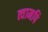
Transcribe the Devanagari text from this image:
त्वामपि